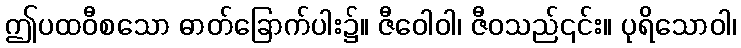
ဤပထဝီစသော ဓာတ်ခြောက်ပါး၌။ ဇီဝေါဝါ၊ ဇီဝသည်၎င်း။ ပုရိသောဝါ၊